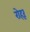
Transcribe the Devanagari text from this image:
रोहरू